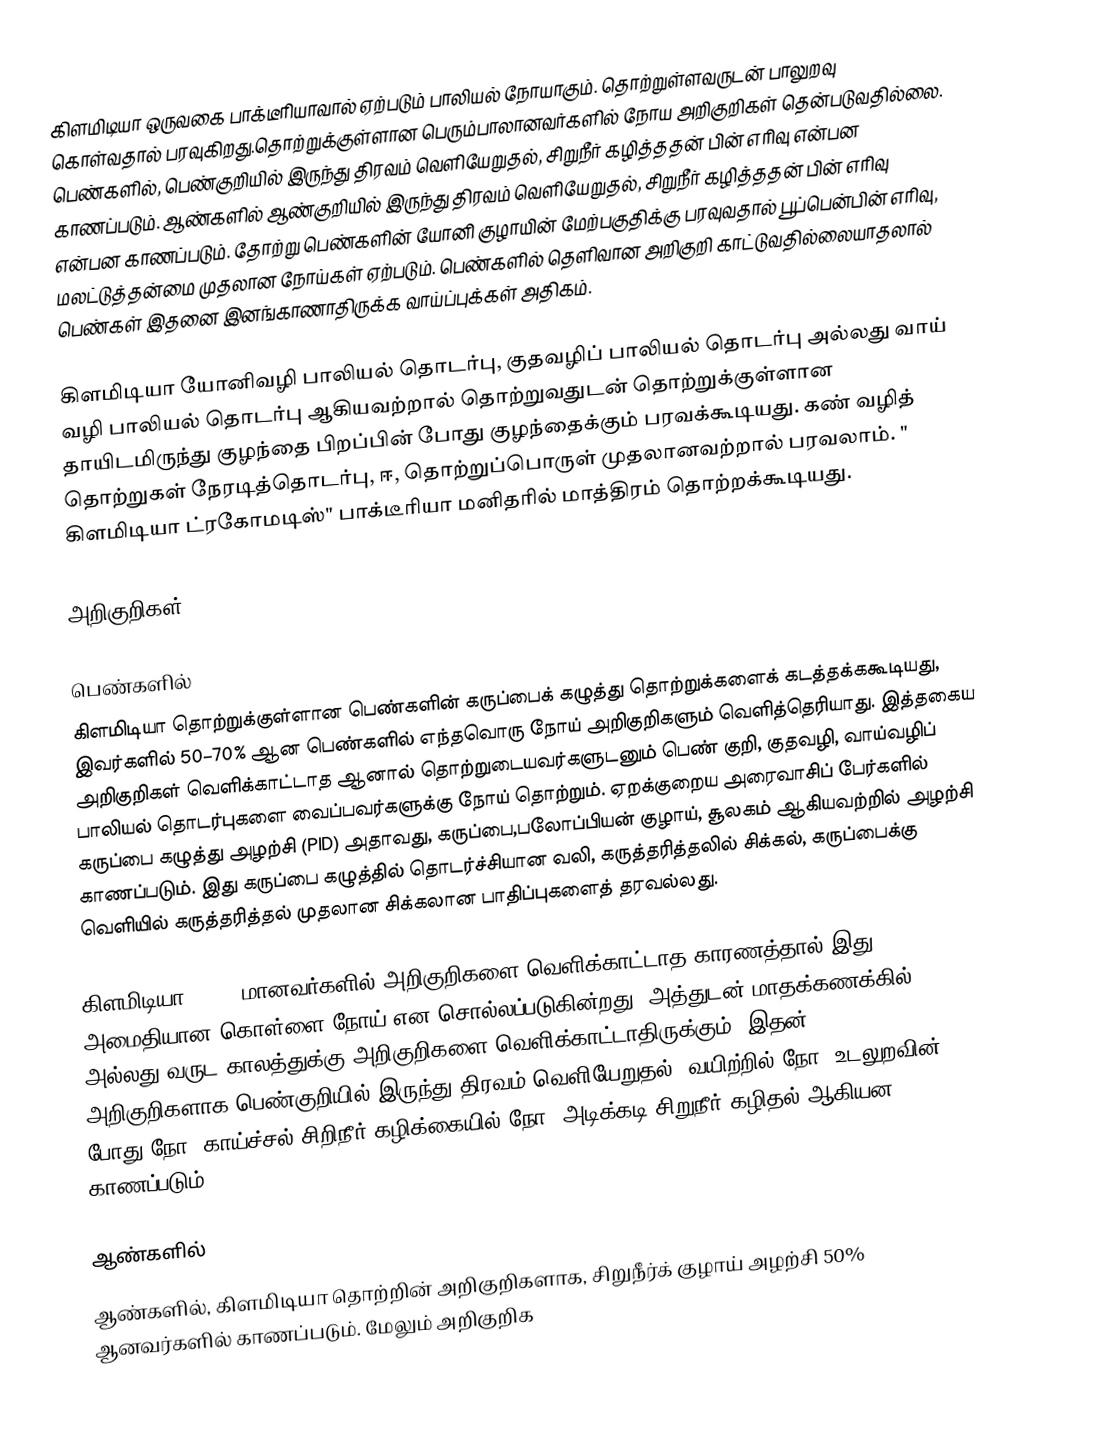
கிளமிடியா ஒருவகை பாக்டீரியாவால் ஏற்படும் பாலியல் நோயாகும். தொற்றுள்ளவருடன் பாலுறவு கொள்வதால் பரவுகிறது.தொற்றுக்குள்ளான பெரும்பாலானவர்களில் நோய அறிகுறிகள் தென்படுவதில்லை. பெண்களில், பெண்குறியில் இருந்து திரவம் வெளியேறுதல், சிறுநீர் கழித்ததன் பின் எரிவு என்பன காணப்படும். ஆண்களில் ஆண்குறியில் இருந்து திரவம் வெளியேறுதல், சிறுநீர் கழித்ததன் பின் எரிவு என்பன காணப்படும். தோற்று பெண்களின் யோனி குழாயின் மேற்பகுதிக்கு பரவுவதால் பூப்பென்பின் எரிவு, மலட்டுத்தன்மை முதலான நோய்கள் ஏற்படும். பெண்களில் தெளிவான அறிகுறி காட்டுவதில்லையாதலால் பெண்கள் இதனை இனங்காணாதிருக்க வாய்ப்புக்கள் அதிகம்.

கிளமிடியா யோனிவழி பாலியல் தொடர்பு, குதவழிப் பாலியல் தொடர்பு அல்லது வாய் வழி பாலியல் தொடர்பு ஆகியவற்றால் தொற்றுவதுடன் தொற்றுக்குள்ளான தாயிடமிருந்து குழந்தை பிறப்பின் போது குழந்தைக்கும் பரவக்கூடியது. கண் வழித் தொற்றுகள் நேரடித்தொடர்பு, ஈ, தொற்றுப்பொருள் முதலானவற்றால் பரவலாம். " கிளமிடியா ட்ரகோமடிஸ்" பாக்டீரியா மனிதரில் மாத்திரம் தொற்றக்கூடியது.

அறிகுறிகள்

பெண்களில்
கிளமிடியா தொற்றுக்குள்ளான பெண்களின் கருப்பைக் கழுத்து தொற்றுக்களைக் கடத்தக்ககூடியது, இவர்களில் 50–70% ஆன பெண்களில் எந்தவொரு நோய் அறிகுறிகளும் வெளித்தெரியாது. இத்தகைய அறிகுறிகள் வெளிக்காட்டாத ஆனால் தொற்றுடையவர்களுடனும் பெண் குறி, குதவழி, வாய்வழிப் பாலியல் தொடர்புகளை வைப்பவர்களுக்கு நோய் தொற்றும். ஏறக்குறைய அரைவாசிப் பேர்களில் கருப்பை கழுத்து அழற்சி (PID) அதாவது, கருப்பை,பலோப்பியன் குழாய், சூலகம் ஆகியவற்றில் அழற்சி காணப்படும். இது கருப்பை கழுத்தில் தொடர்ச்சியான வலி, கருத்தரித்தலில் சிக்கல், கருப்பைக்கு வெளியில் கருத்தரித்தல் முதலான சிக்கலான பாதிப்புகளைத் தரவல்லது.

கிளமிடியா 70-80%மானவர்களில் அறிகுறிகளை வெளிக்காட்டாத காரணத்தால் இது அமைதியான கொள்ளை நோய் என சொல்லப்படுகின்றது. அத்துடன் மாதக்கணக்கில் அல்லது வருட காலத்துக்கு அறிகுறிகளை வெளிக்காட்டாதிருக்கும். இதன் அறிகுறிகளாக,பெண்குறியில் இருந்து திரவம் வெளியேறுதல், வயிற்றில் நோ, உடலுறவின் போது நோ, காய்ச்சல்,சிறிநீர் கழிக்கையில் நோ, அடிக்கடி சிறுநீர் கழிதல் ஆகியன காணப்படும்.

ஆண்களில்
ஆண்களில், கிளமிடியா தொற்றின் அறிகுறிகளாக, சிறுநீர்க் குழாய் அழற்சி 50% ஆனவர்களில் காணப்படும். மேலும் அறிகுறிக